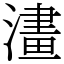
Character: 澅